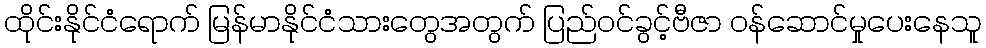
ထိုင်းနိုင်ငံရောက် မြန်မာနိုင်ငံသားတွေအတွက် ပြည်ဝင်ခွင့်ဗီဇာ ဝန်ဆောင်မှုပေးနေသူ